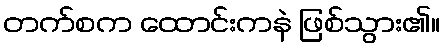
တက်စက ထောင်းကနဲ ဖြစ်သွား၏။